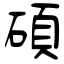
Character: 碩